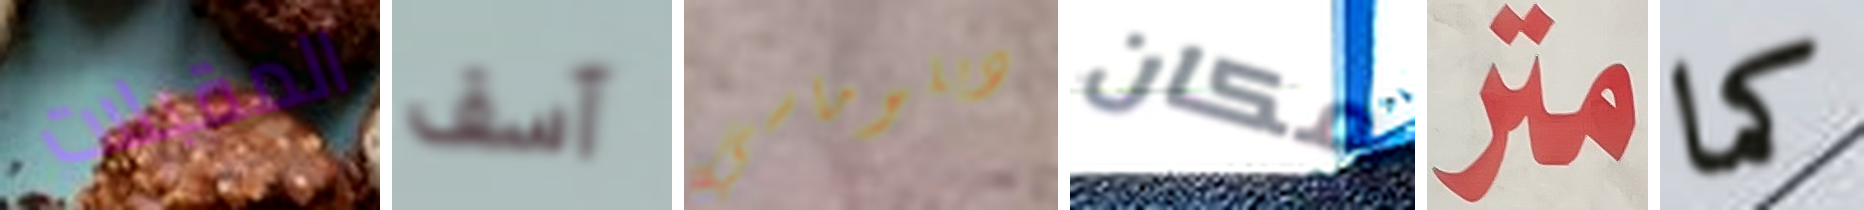
المقبلات آسف دبلوماسي مكان متر كما